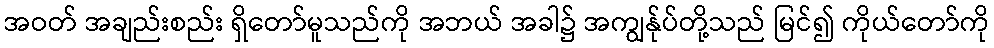
အဝတ် အချည်းစည်း ရှိတော်မူသည်ကို အဘယ် အခါ၌ အကျွန်ုပ်တို့သည် မြင်၍ ကိုယ်တော်ကို